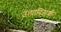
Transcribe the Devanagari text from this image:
उत्पादितांशी